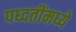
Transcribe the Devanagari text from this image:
पध्दतींमध्ये